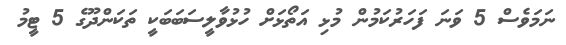
ނަމަވެސް 5 ވަނަ ފަހަރުކަމުން މުޅި އަތޯޅަށް ހުޅުވާލީސަބަބަކީ ތަކަންދޫގެ 5 ޓީމު